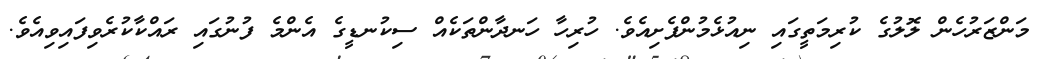
މަންޒަރުހެން ލޮލުގެ ކުރިމަތީގައި ނިއުޅެމުންފެށިއެވެ. ހުރިހާ ހަނދާންތަކެއް ސިކުނޑީގެ އެންމެ ފުނުގައި ރައްކާކުރެވިފައިވިއެވެ.